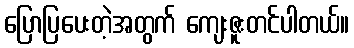
ပြောပြပေးတဲ့အတွက် ကျေးဇူးတင်ပါတယ်။